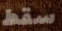
سقط